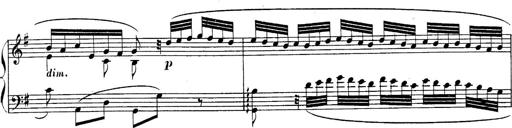
Title: Sonatina for Piano
Composer: BÃ©la BartÃ³k